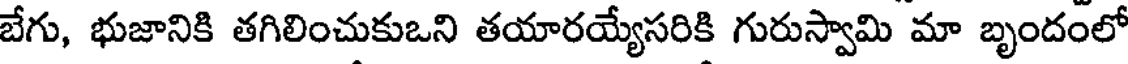
బేగు, భుజానికి తగిలించుకుఒని తయారయ్యేసరికి గురుస్వామి మా బృందంలో